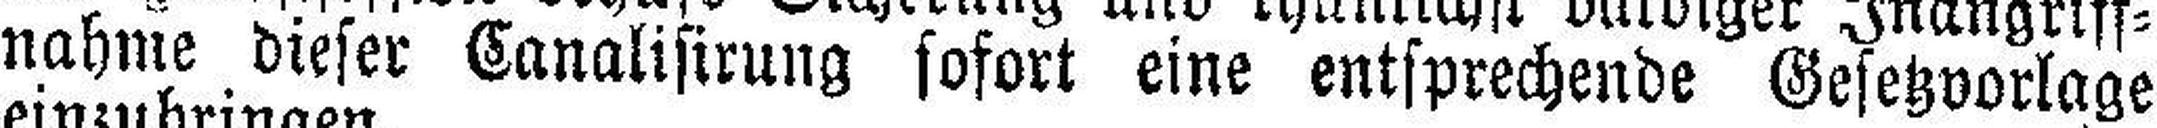
nahme dieser Canalisirung sofort eine entsprechende Gesetzvorlage